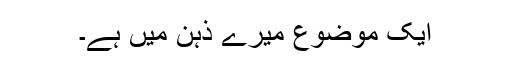
ایک موضوع میرے ذہن میں ہے۔